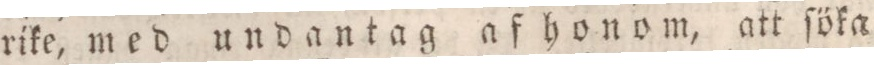
rike, med undantag afhonom, att ſöka